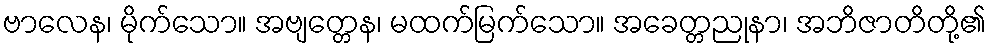
ဗာလေန၊ မိုက်သော။ အဗျတ္တေန၊ မထက်မြက်သော။ အခေတ္တညုနာ၊ အဘိဇာတိတို့၏